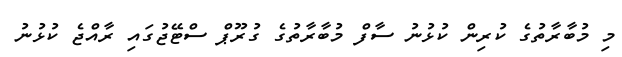
މި މުބާރާތުގެ ކުރިން ކުޅުނު ސާފް މުބާރާތުގެ ގުރޫޕް ސްޓޭޖުގައި ރާއްޖެ ކުޅުނު